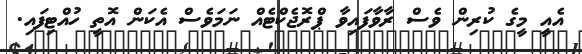
އެއީ މީގެ ކުރިން ވެސް ރާވާފައިވާ ޕްރޮޖެކްޓެއް ނަމަވެސް އެކަން އޮތީ ހުއްޓިފައި.